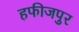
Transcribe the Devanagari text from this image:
हफीजपुर